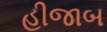
હીજાબ